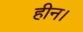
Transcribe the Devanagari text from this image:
हीन।